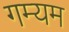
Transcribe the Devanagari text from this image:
गम्यम